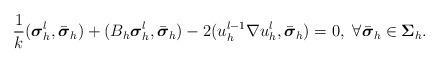
LaTeX: \begin{align*}\displaystyle\frac{1}{k}({\boldsymbol \sigma}^l_h,\bar{\boldsymbol\sigma}_h)+ ( B_h {\boldsymbol \sigma}^l_h,\bar{\boldsymbol \sigma}_h) - 2(u^{l-1}_h\nabla u^l_h,\bar{\boldsymbol \sigma}_h)=0,\ \forall \bar{\boldsymbol\sigma}_h\in {\boldsymbol \Sigma}_h.\end{align*}